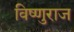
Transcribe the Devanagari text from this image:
विष्णुराज